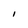
Character: I